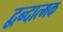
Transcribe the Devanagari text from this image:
द्वन्दात्मक